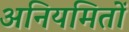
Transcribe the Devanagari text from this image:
अनियमितों